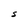
Character: S